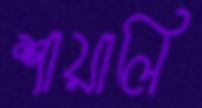
শায়ালি